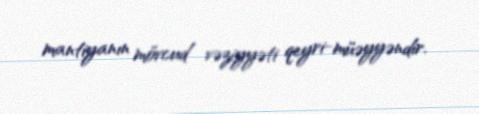
mantiyanın mövcud vəziyyəti qeyri-müəyyəndir.